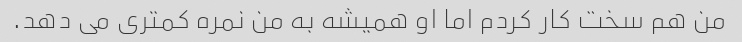
من هم سخت کار کردم اما او همیشه به من نمره کمتری می دهد.